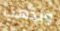
وتذهب